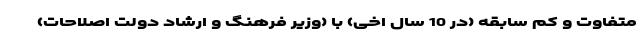
متفاوت و کم سابقه (در 10 سال اخی) با (وزیر فرهنگ و ارشاد دولت اصلاحات)